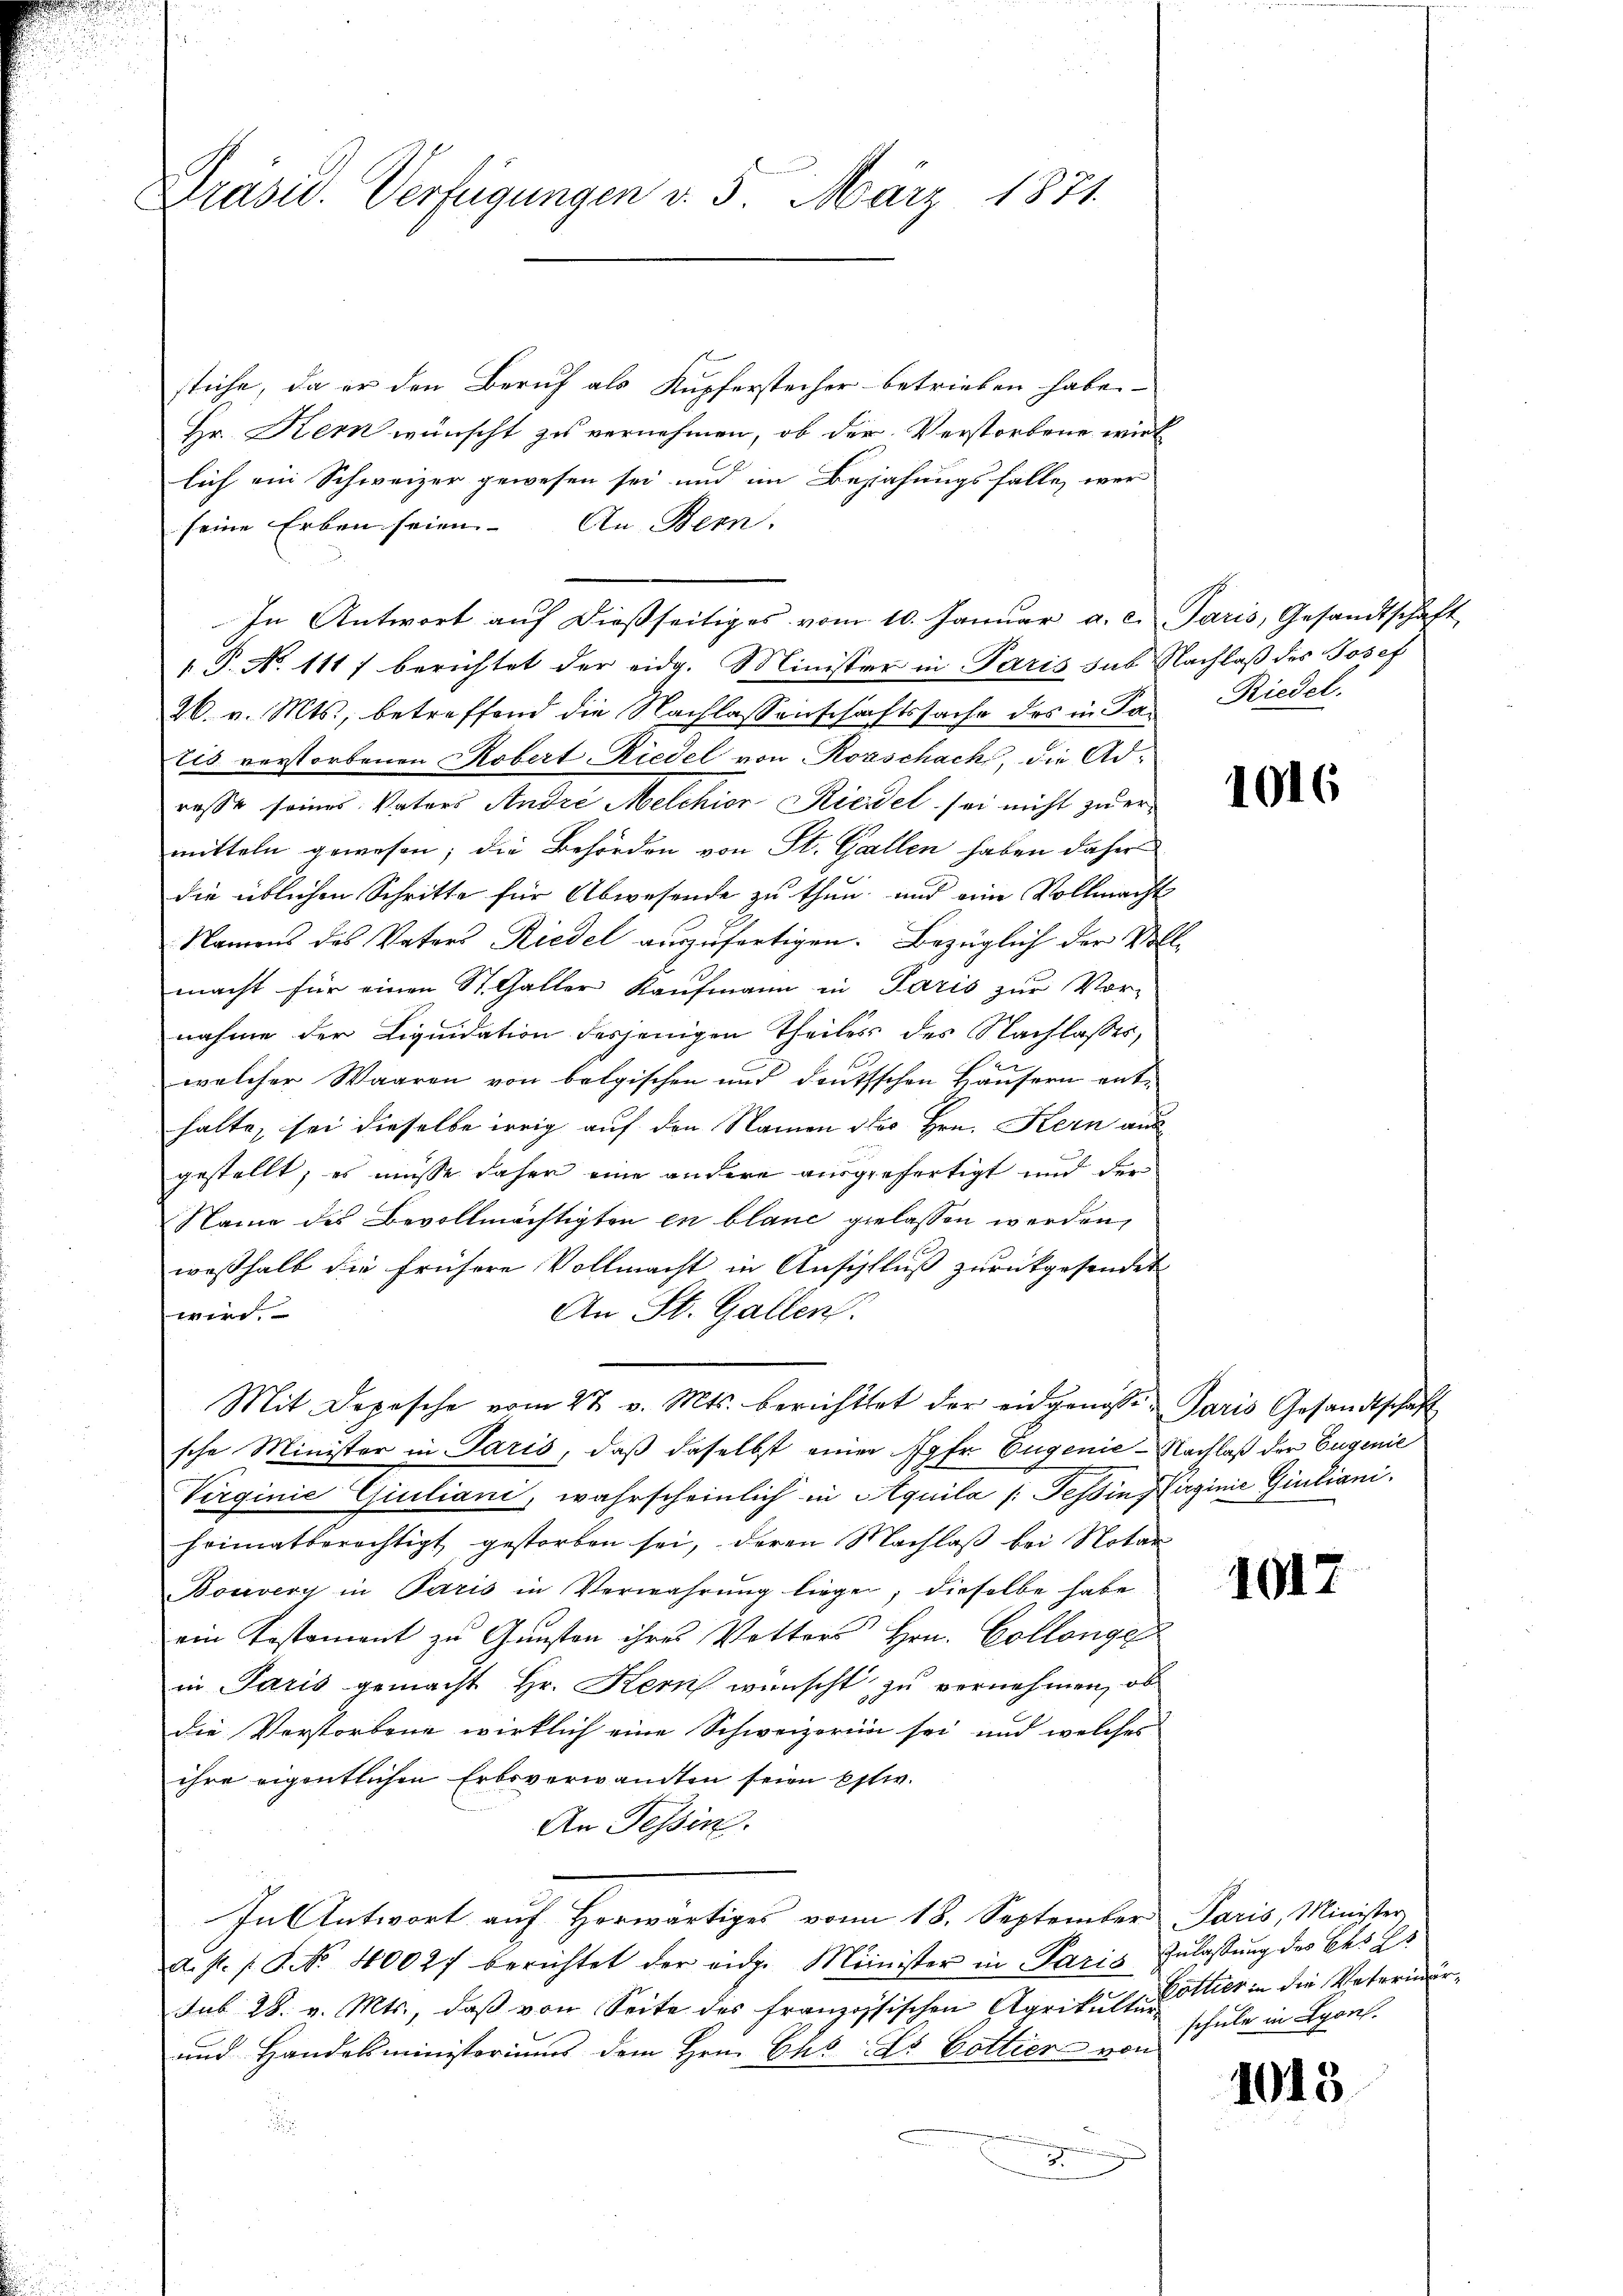
Präsid. Verfügungen v. 5. März 1871.

stiche, da er den Beruf als Kupferstecher betrieben habe.
Hr. Kern wünscht zu vernehmen, ob der Verstorbene wirk
lich ein Schweizer gewesen sei und im Bejahungsfalle, wer
seine Erben seien. An Bern.
In Antwort aŭf dießseitiges vom 10. Janŭar a. c. Paris, Gesandtschaft
1.P. No. 111 7 berichtet der eidg. Minister in Paris sus Nachlaß des Josef
26. v. Mts., betreffend die Nachlassenschaftssache des in Da Riedel
tis verstorbenen Robert Riedel von Rorschack, die Adresst seines Vaters Andre Melchior Kleidet sei nicht zu ermitteln gewesen; die Behörden von St. Gallen haben daher
die üblichen Schritte für Abwesende zu thun, und eine Vollmacht
Namens des Vaters Riedel auszufertigen. Bezüglich der Vollmacht für einen St. Galler Kaufmann in Paris zur Vor-
nahme der Liquidation desjenigen Theiles des Nachlasses,
welcher Waaren von belgischen und deutschen Häusern enthalte, sei dieselbe irrig auf den Namen des Hrn. Kern aus
gestellt, es müsse daher eine andere ausgefertigt und der
Name des Bevollmächtigten en blanc gelassen werden,
weßhalb die frühere Vollmacht in Anschluß zurückgesendet
An St. Gallen.
wird.
Mit Depesche vom 27. v. Mts. berichttet der eidgenosse Paris Gesandtschaft
sche Minister in Paris, daß daselbst einer Jgfr. Eugenie - Nachlaß der Eugenie
Virginie Giuliani, wahrscheinlich in Aquila /: Tessin, Hirginie Giuliani.
heimatberechtigt gestorben sei, deren Nachlaß bei Notar
Bouvery in Paris in Verwahrung liege, dieselbe habe
ein Pestament zu Gunsten ihres Vetters Hrn. Collonge
in Paris gemacht Hr. Kern wünscht zu vernehmen, ob
die Vorstorbene wirklich eine Schweizerin sei und welches
ihre eigentlichen Erbsverwandten seien Estw.
An Tessin.
In Antwort auf Horwärtiges vom 18. September Paris, Minister
a. f. s. S. 40027 berichtet der eidg. Minister in Paris Zulassung des Ces E
sub 28. v. Mts., daβ von Seite des französischen Agrikultatier in die Vaterwär¬
und Handelsministoriums dem Hrn. Chr. Es Gattier von Schule in Lyons.
d
A

1016

1047

1043.